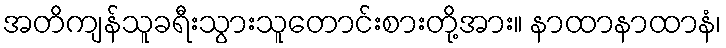
အတိကျန်သူခရီးသွားသူတောင်းစားတို့အား။ နာထာနာထာနံ၊